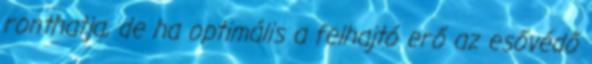
ronthatja, de ha optimális a felhajtó erő az esővédő